Report of the Municipal Commissioner on the plague in Bombay for the year ending 31st May... - Volume 2
Disease focus: Plague
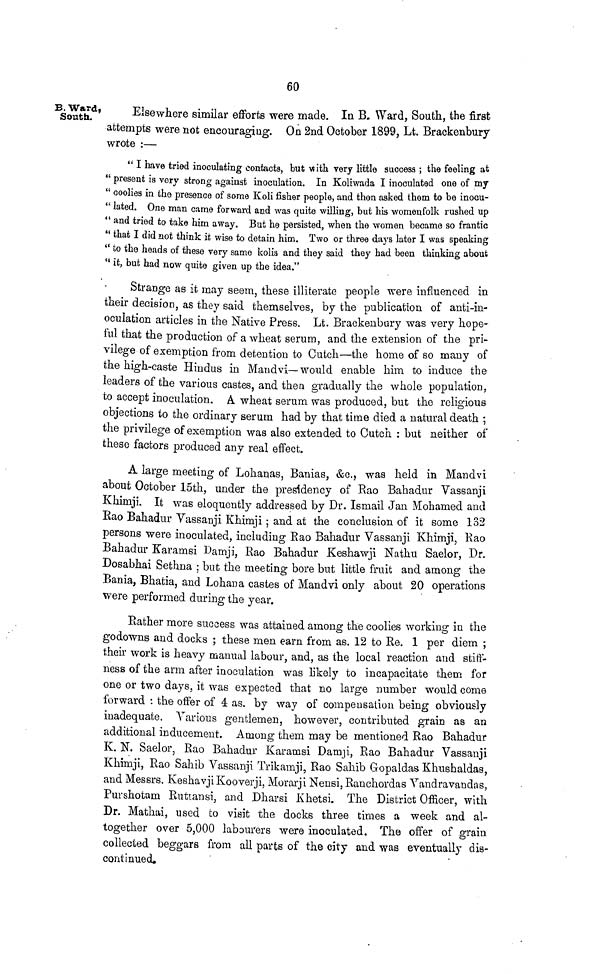
60
B. Ward,
South.
Elsewhere similar efforts were made. IQ B. Ward, South, the first
attempts were not encouraging. On 2nd October 1899, Lt. Brackenbury
wrote :—
" I have tried inoculating contacts, but with very little success ; the feeling at
" present is very strong against inoculation. In Koliwada I inoculated one of my
" coolies in the presence of some Koli fisher people, and then asked them to be inocu-
" lated. One man came forward and was quite willing, but his womenfolk rushed up
" and tried to take him away. But he persisted, when the women became so frantic
" that I did not think it wise to detain him. Two or three days later I was speaking
" to the heads of these very same kolis and they said they had been thinking about
" it, but had now quite given up the idea."
Strange as it may seem, these illiterate people were influenced in
their decision, as they said themselves, by the publication of anti-in-
oculation articles in the Native Press. Lt. Brackenbury was very hope-
ful that the production of a wheat serum, and the extension of the pri-
vilege of exemption from detention to Cutch—the home of so many of
the high-caste Hindus in Mandvi—would enable him to induce the
leaders of the various castes, and then gradually the whole population,
to accept inoculation. A wheat serum was produced, but the religious
objections to the ordinary serum had by that time died a natural death ;
the privilege of exemption was also extended to Cutch : but neither of
these factors produced any real effect.
A large meeting of Lohanas, Banias, &c., was held in Mandvi
about October 15th, under the presidency of Rao Bahadur Vassanji
Khimji. It was eloquently addressed by Dr. Ismail Jan Mohamed and
Rao Bahadur Vassanji Khimji; and at the conclusion of it some 132
persons were inoculated, including Rao Bahadur Vassanji Khimji, Rao
Bahadur Karamsi Damji, Rao Bahadur Keshawji Nathu Saelor, Dr.
Dosabhai Sethna ; but the meeting bore but little fruit and among the
Bania, Bhatia, and Lohana castes of Mandvi only about 20 operations
were performed during the year.
Rather more success was attained among the coolies working in the
godowns and docks ; these men earn from as. 12 to Re. 1 per diem ;
their work is heavy manual labour, and, as the local reaction and stiff-
ness of the arm after inoculation was likely to incapacitate them for
one or two days, it was expected that no large number would come
forward : the oifer of 4 as. by way of compensation being obviously
inadequate. Various gentlemen, however, contributed grain as an
additional inducement. Among them may be mentioned Rao Bahadur
K. N. Saelor, Rao Bahadur Karamsi Damji, Rao Bahadur Vassanji
Khimji, Rao Sahib Vassanji Trikamji, Rao Sahib Gopaldas Khushaldas,
and Messrs. Keshavji Kooverji, Morarji Nensi, Ranchordas Vandravandas,
Purshotam Rutiansi, and Dharsi Khetsi. The District Officer, with
Dr. Mathai, used to visit the docks three times a week and al-
together over 5,000 labourers were inoculated. The offer of grain
collected beggars from all parts of the city and was eventually dis-
continued.